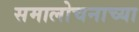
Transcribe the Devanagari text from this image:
समालोचनाच्या